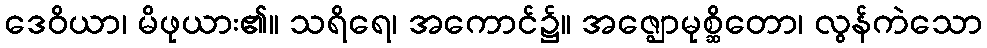
ဒေဝိယာ၊ မိဖုယား၏။ သရိရေ၊ အကောင်၌။ အဇ္ဈောမုစ္ဆိတော၊ လွန်ကဲသော